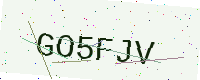
Text: GO5FJV